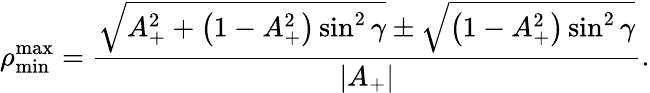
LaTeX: \rho_{\mathrm{min}}^{\mathrm{max}}=\frac{\sqrt{A_{+}^{2}+\left(1-A_{+}^{2}\right)\sin^{2}\gamma}\pm\sqrt{\left(1-A_{+}^{2}\right)\sin^{2}\gamma}}{|A_{+}|}.